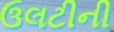
ઉલટીની